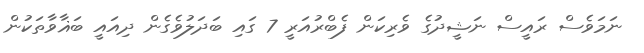
ނަމަވެސް ރައީސް ނަޝީދުގެ ވެރިކަން ފެބްރުއަރީ 7 ގައި ބަދަލުވެގެން ދިއައީ ބަޣާވާތަކުން